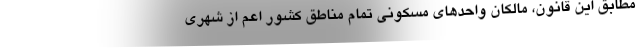
مطابق این قانون، مالکان واحدهای مسکونی تمام مناطق کشور اعم از شهری